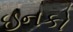
ઇનકો